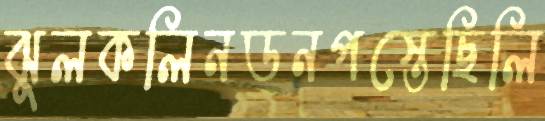
ঝুলকলিনডনপস্তেছিলি